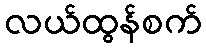
လယ်ထွန်စက်